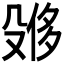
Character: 𪵌